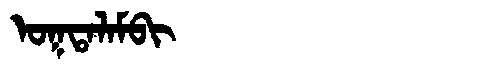
Manchu: ᠣᡴᡨᠠᠯᠠᠮᠪᡳ
Romanization: OKTALAMBI